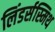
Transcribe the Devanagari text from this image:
लिंडर्सस्मिथ